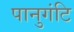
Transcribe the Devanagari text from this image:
पानुगंटि